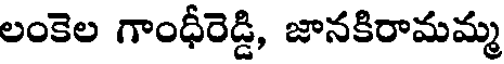
లంకెల గాంధీరెడ్డి, జానకిరామమ్మ